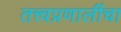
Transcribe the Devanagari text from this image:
तत्त्वप्रणालींचा